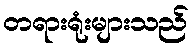
တရားရုံးများသည်